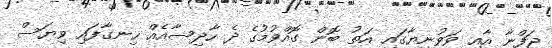
ޖަފްނާ އާއި ވަވުނިޔާގައި އަތު ބޮން ގޮއްވުމުގެ ދެ ހާދިސާއެއް ހިނގާފައި ވިޔަސް